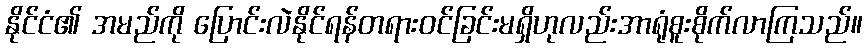
နိုင်ငံ၏ အမည်ကို ပြောင်းလဲနိုင်ရန်တရားဝင်ခြင်းမရှိဟုလည်းအာရုံစူးစိုက်လာကြသည်။